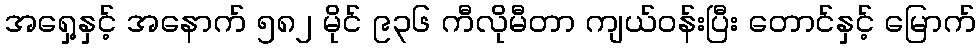
အရှေ့နှင့် အနောက် ၅၈၂ မိုင် ၉၃၆ ကီလိုမီတာ ကျယ်ဝန်းပြီး တောင်နှင့် မြောက်